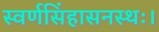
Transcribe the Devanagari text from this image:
स्वर्णसिंहासनस्थः।